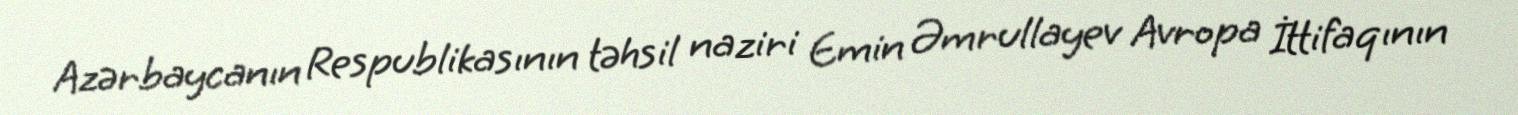
Azərbaycanın Respublikasının təhsil naziri Emin Əmrullayev Avropa İttifaqının